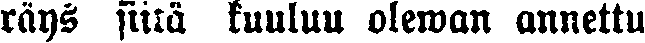
räys siitä kuuluu olewan annettu